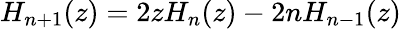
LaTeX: H_{n+1}(z)=2zH_{n}(z)-2nH_{n-1}(z)